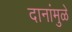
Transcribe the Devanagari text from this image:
दानांमुळे